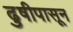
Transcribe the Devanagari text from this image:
ढुषीपासून